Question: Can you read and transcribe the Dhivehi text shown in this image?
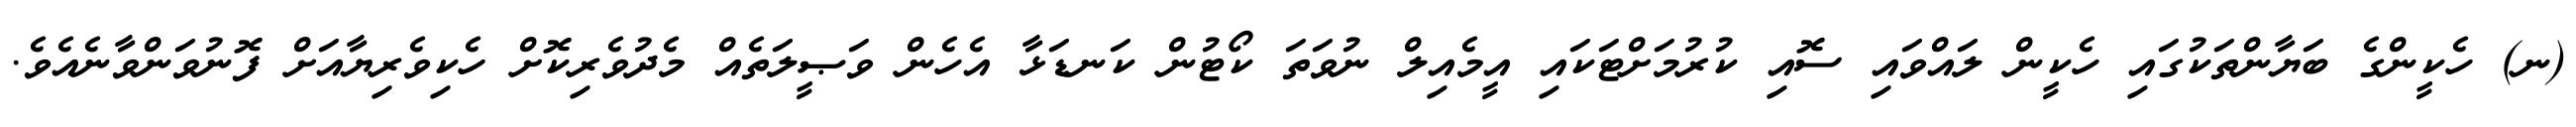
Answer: (ނ) ހެކީންގެ ބަޔާންތަކުގައި ހެކީން ލައްވައި ސޮއި ކުރުމަށްޓަކައި އީމެއިލް ނުވަތަ ކޯޓުން ކަނޑަޅާ އެހެން ވަޞީލަތެއް މެދުވެރިކޮށް ހެކިވެރިޔާއަށް ފޮނުވަންވާނެއެވެ.